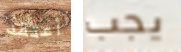
أعتقد يجب